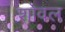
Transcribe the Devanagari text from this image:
शोवल